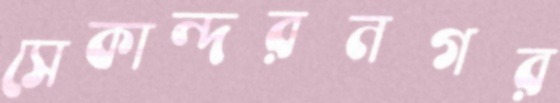
সেকান্দরনগর